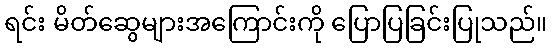
ရင်း မိတ်ဆွေများအကြောင်းကို ပြောပြခြင်းပြုသည်။